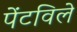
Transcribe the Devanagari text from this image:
पेंटविले